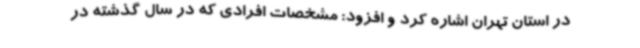
در استان تهران اشاره کرد و افزود: مشخصات افرادی که در سال گذشته در